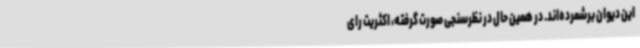
این دیوان برشمرده‌اند. در همین حال در نظرسنجی صورت گرفته، اکثریت رای